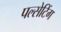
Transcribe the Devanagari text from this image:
पल्सेटिंग